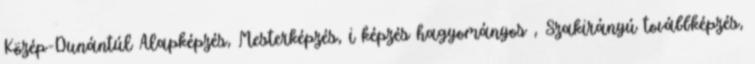
Közép-Dunántúl Alapképzés, Mesterképzés, i képzés hagyományos , Szakirányú továbbképzés,